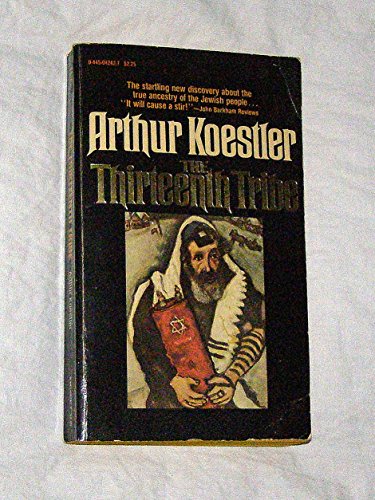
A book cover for The Thirteenth Tribe: The Kazar Empire and Its Heritage; Arthur Koestler; Religion & Spirituality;